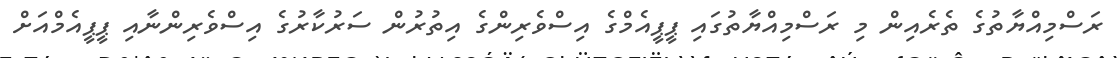
ރަސްމިއްޔާތުގެ ތެރެއިން މި ރަސްމިއްޔާތުގައި ޕީޕީއެމްގެ އިސްވެރިންގެ އިތުރުން ސަރުކާރުގެ އިސްވެރިންނާއި ޕީޕީއެމްއަށް